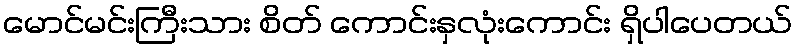
မောင်မင်းကြီးသား စိတ် ကောင်းနှလုံးကောင်း ရှိပါပေတယ်